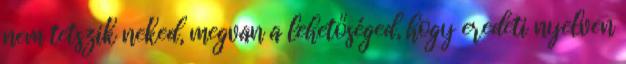
nem tetszik neked, megvan a lehetőséged, hogy eredeti nyelven